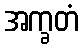
အက္ခတံ